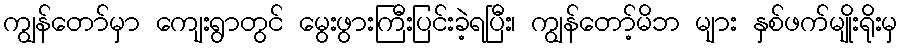
ကျွန်တော်မှာ ကျေးရွာတွင် မွေးဖွားကြီးပြင်းခဲ့ရပြီး၊ ကျွန်တော့်မိဘ များ နှစ်ဖက်မျိုးရိုးမှ